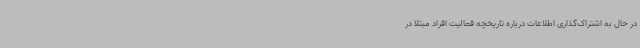
در حال به اشتراک‌گذاری اطلاعات درباره تاریخچه فعالیت افراد مبتلا در